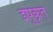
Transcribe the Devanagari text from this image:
इषुकृत्